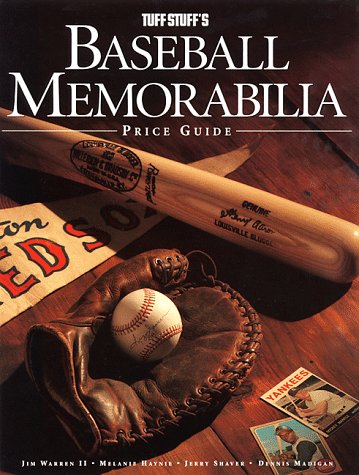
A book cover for Tuff Stuff's Baseball Memorabilia Price Guide; Crafts, Hobbies & Home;